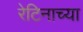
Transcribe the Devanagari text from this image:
रेटिनाच्या